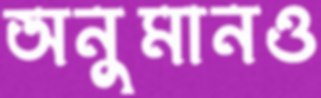
অনুমানও